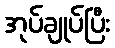
အုပ်ချုပ်ပြီး